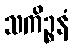
သကိဉ္စနံ